Civil Veterinary Dept. North-West Frontier Province 1933-46 - 1933-1946
Year: 1933
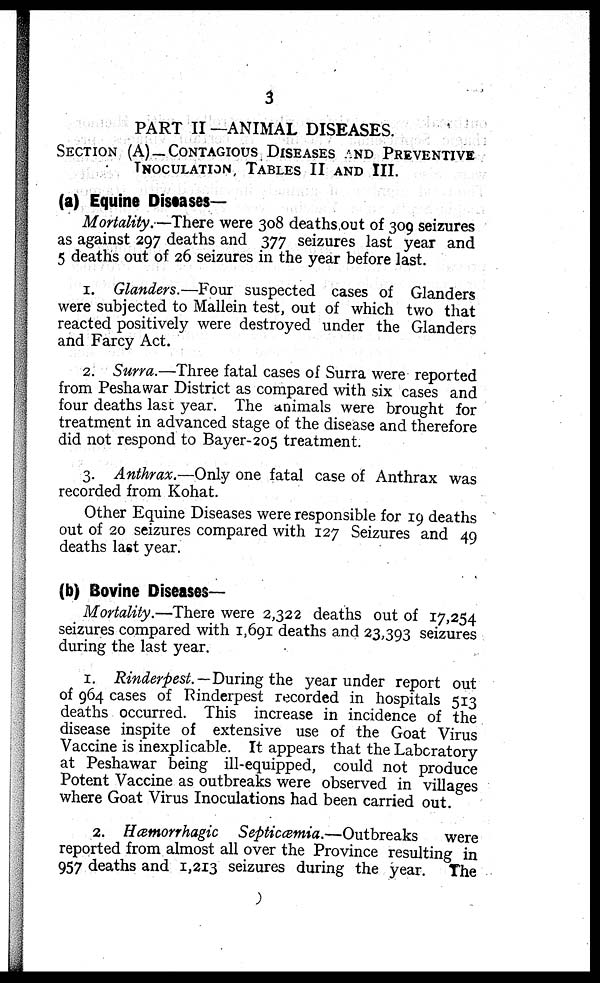
3
PART II —ANIMAL DISEASES.
SECTION (A) — CONTAGIOUS DISEASES AND PREVENTIVE
INOCULATION TABLE II AND III.
(a) Equine Diseases—
Mortality.—There were 308 deaths out of 309 seizures
as against 297 deaths and 377 seizures last year and
5 deaths out of 26 seizures in the year before last.
1. Glanders.—Four suspected cases of Glanders
were subjected to Mallein test, out of which two that
reacted positively were destroyed under the Glanders
and Farcy Act.
2. Surra.—Three fatal cases of Surra were reported
from Peshawar District as compared with six cases and
four deaths last year. The animals were brought for
treatment in advanced stage of the disease and therefore
did not respond to Bayer-205 treatment.
3. Anthrax.—Only one fatal case of Anthrax was
recorded from Kohat.
Other Equine Diseases were responsible for 19 deaths
out of 20 seizures compared with 127 Seizures and 49
deaths last year.
(b) Bovine Diseases—
Mortality.—There were 2,322 deaths out of 17,254
seizures compared with 1,691 deaths and 23,393 seizures
during the last year.
1. Rinderpest. — During the year under report out
of 964 cases of Rinderpest recorded in hospitals 513
deaths occurred. This increase in incidence of the
disease inspite of extensive use of the Goat Virus
Vaccine is inexplicable. It appears that the Laboratory
at Peshawar being ill-equipped, could not produce
Potent Vaccine as outbreaks were observed in villages
where Goat Virus Inoculations had been carried out.
2. Hæmorrhagic Septicæmia.—Outbreaks
were
reported from almost all over the Province resulting in
957 deaths and 1,213 seizures during the year. The